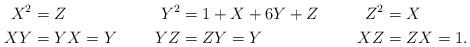
LaTeX: \begin{align*}X^2 &= Z & Y^2 &= 1 + X + 6Y + Z & Z^2 &= X \\XY &= YX = Y & YZ &= ZY = Y & XZ &= ZX = 1.\end{align*}